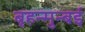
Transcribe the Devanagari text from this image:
बृहन्मुन्बई